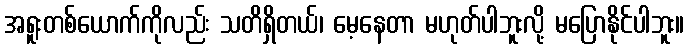
အရူးတစ်ယောက်ကိုလည်း သတိရှိတယ်၊ မေ့နေတာ မဟုတ်ပါဘူးလို့ မပြောနိုင်ပါဘူး။